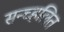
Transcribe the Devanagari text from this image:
सन्च्हलित